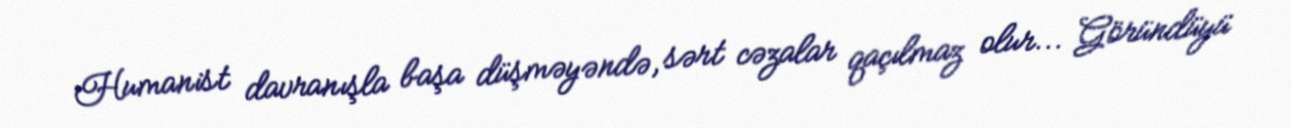
Humanist davranışla başa düşməyəndə, sərt cəzalar qaçılmaz olur... Göründüyü